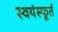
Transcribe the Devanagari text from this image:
स्वयंस्फूर्त